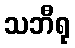
သဘီရု